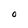
Character: O